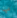
ب